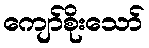
ကျော်စိုးသော်